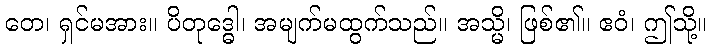
တေ၊ ရှင်မအား။ ပိတုဒ္ဓေါ၊ အမျက်မထွက်သည်။ အသ္မိ၊ ဖြစ်၏။ ဧဝံ၊ ဤသို့။